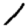
Digit: 1